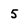
Character: 5